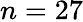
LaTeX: n=27